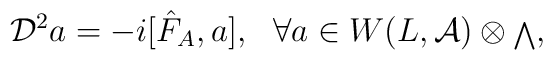
{\cal D}^2a=-i[{\hat F}_A,a],\ \ \forall a\in W(L,{\cal A})\otimes {\scriptstyle \bigwedge},